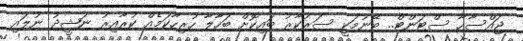
ޖައްސާހާ ސްޓަންޓް.. ބޭނުމަކީ ސަރުކާރު ބައިކޮށް ބަހާލާ ހުރިހާކަމެއް ކުރާއިރު ނަޝީދު ނުލައި